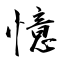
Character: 憶